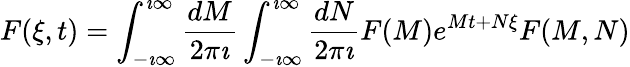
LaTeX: F(\xi,t)=\int_{-\imath\infty}^{\imath\infty}\frac{dM}{2\pi\imath}\int_{-\imath\infty}^{\imath\infty}\frac{dN}{2\pi\imath}F(M)e^{Mt+N\xi}F(M,N)